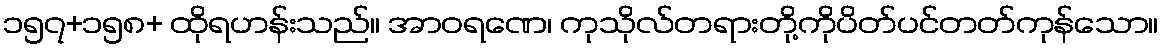
၁၅၇+၁၅၈+ ထိုရဟန်းသည်။ အာဝရဏေ၊ ကုသိုလ်တရားတို့ကိုပိတ်ပင်တတ်ကုန်သော။